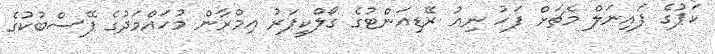
ކަޕުގެ ފައިނަލް މެޗަށް ފަހު ނިއު ރޭޑިއަންޓުގެ ގޯލްކީޕަރު އިމްރާން މުހައްމަދުގެ ފޭސްބުކުގެ